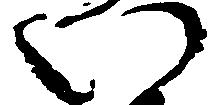
い